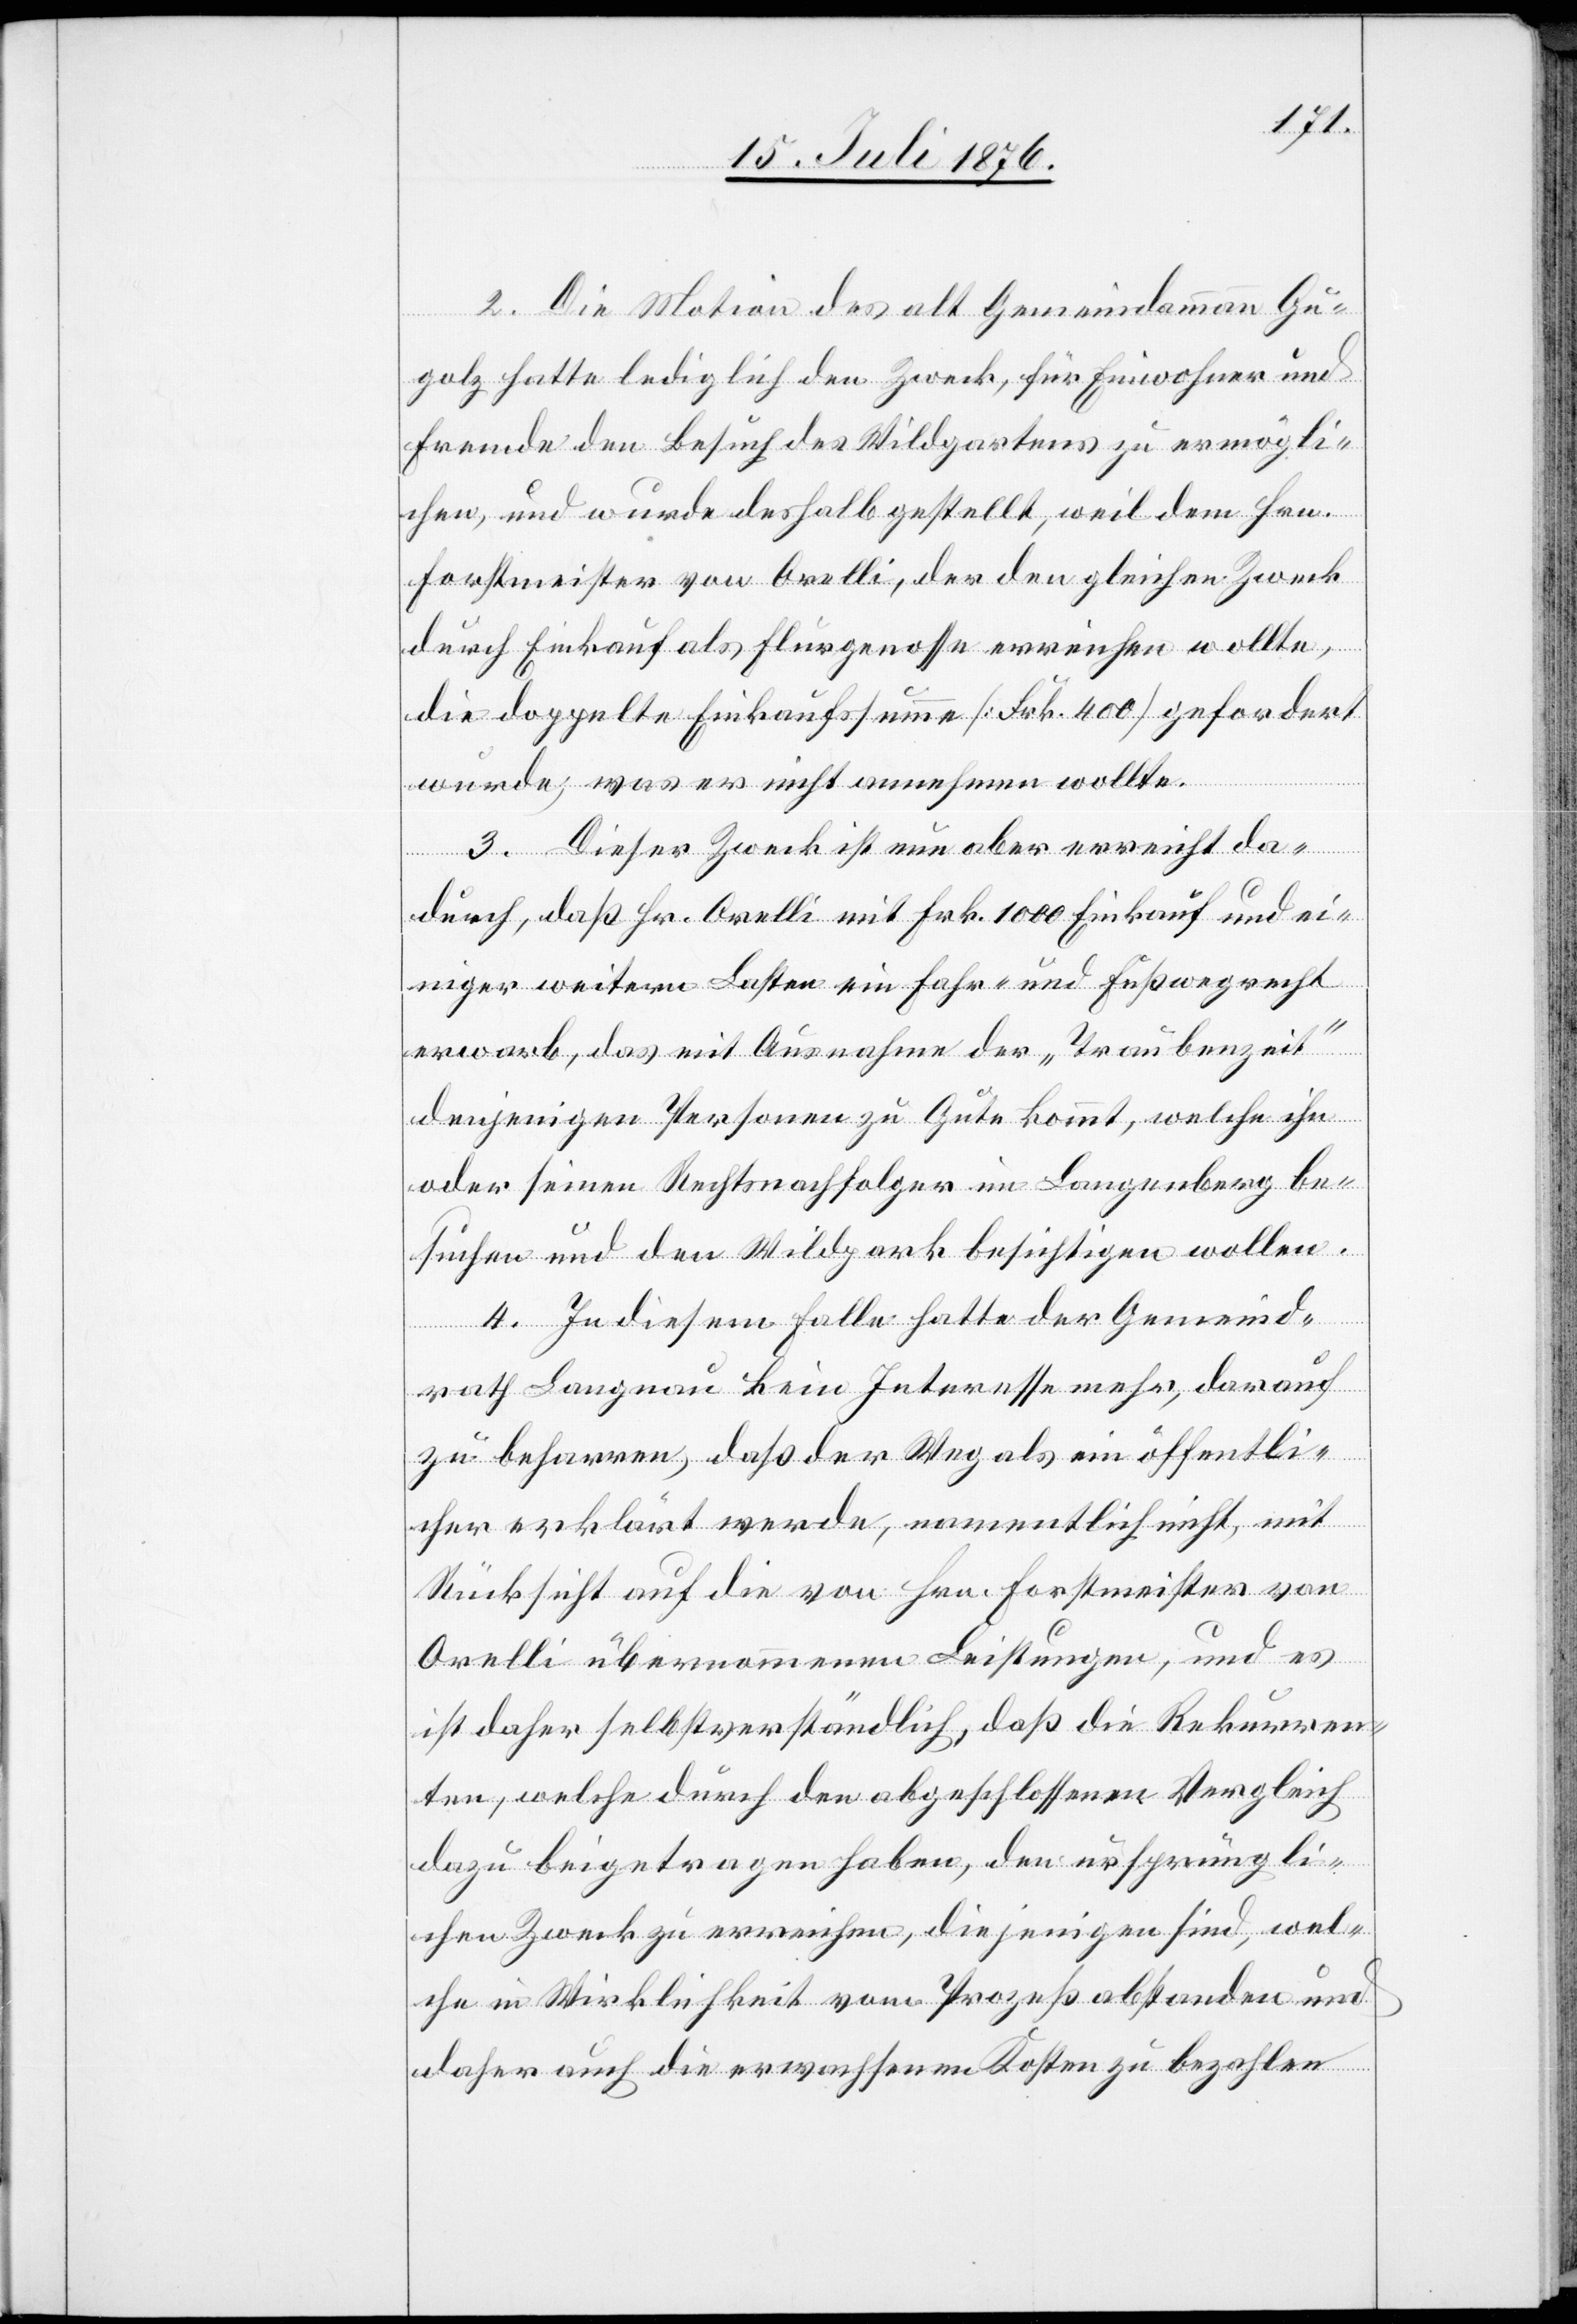
2. Die Motion des alt Gemeindammann Gu¬
golz hatte lediglich den Zweck, für Einwohner und
Fremde den Besuch des Wildgartens zu ermögli¬
chen, und wurde deshalb gestellt, weil dem Hrn.
Forstmeister von Orelli, der den gleichen Zweck
durch Einkauf als Flurgenosse erreichen wollte,
die doppelte Einkaufssumme [Frk. 400] gefordert
wurde; was er nicht annehmen wollte.
3. Dieser Zweck ist nun aber erreicht da¬
durch, das Hr. Orelli mit Frk. 1000 Einkauf und ei¬
niger weitern Lasten ein Fahr- und Fußwegrecht
erwarb, das mit Ausnahme der „Traubenzeit“
denjenigen Personen zu Gute kommt, welche ihn
oder seinen Rechtsnachfolger im Langenberg be¬
suchen und den Wildpark besichtigen wollen.
4. In diesem Falle hatte der Gemeind¬
rath Langnau kein Interesse mehr, darauf
zu beharren, daß der Weg als ein öffentli¬
cher erklärt werde, namentlich nicht, mit
Rücksicht auf die von Hrn. Forstmeister von
Orelli übernommenen Leistungen, und es
ist daher selbstverständlich, daß die Rekurren¬
ten, welche durch den abgeschlossenen Vergleich
dazu beigetragen haben, den ursprüngli¬
chen Zweck zu erreichen, diejenigen sind, wel¬
che in Wirklichkeit vom Prozeß abstanden und
daher auch die erwachsenen Kosten zu bezahlen